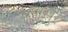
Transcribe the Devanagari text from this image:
पासुर